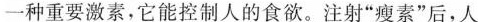
一种重要激素，它能控制人的食欲。注射”瘦素”后，人